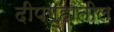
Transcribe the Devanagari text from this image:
दीपगृहातील